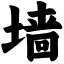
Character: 墙